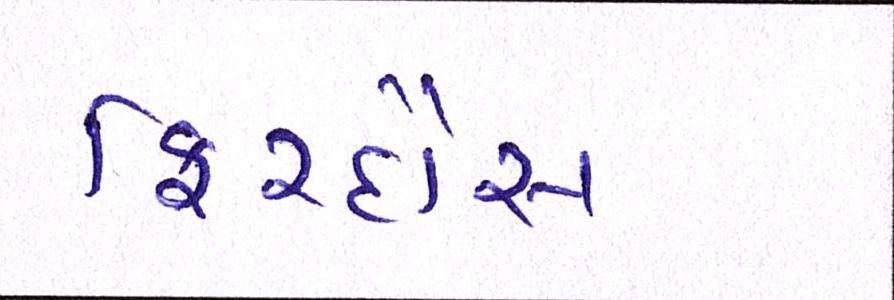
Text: ફિરદૌસ